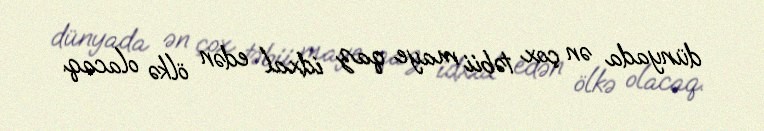
dünyada ən çox təbii maye qaz idxal edən ölkə olacaq.